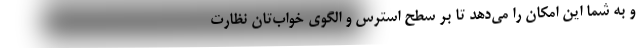
و به شما این امکان را می‌دهد تا بر سطح استرس و الگوی خواب‌تان نظارت